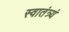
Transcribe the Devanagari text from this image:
स्वातंत्र्यं